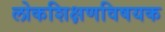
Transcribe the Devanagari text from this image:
लोकशिक्षणविषयक